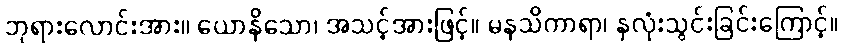
ဘုရားလောင်းအား။ ယောနိသော၊ အသင့်အားဖြင့်။ မနသိကာရာ၊ နှလုံးသွင်းခြင်းကြောင့်။